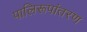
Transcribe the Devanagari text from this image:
पालिरूपांतरण